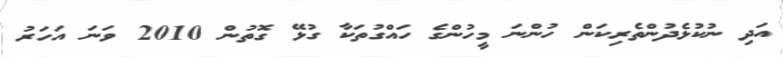
އަދި ނުކުޅެދުންތެރިކަން ހުންނަ މީހުންގެ ހައްގުތަކާ ގުޅޭ ގޮތުން 2010 ވަނަ އަހަރު